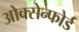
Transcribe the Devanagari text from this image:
ओक्सेन्फोर्ड